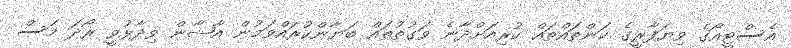
އެސްޓީއޯގެ ވިޔަފާރީގެ ކަންތައްތައް ކުރިއަށްދާނެ ވަގުތުތައް ބަޔާންކުރައްވަމުން އާޝާން ވިދާޅުވީ ރޯދަ މަސް